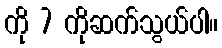
ကို 7 ကိုဆက်သွယ်ပါ။